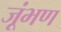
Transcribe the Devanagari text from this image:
जूंभण